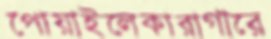
পোয়াইলেকারাগারে